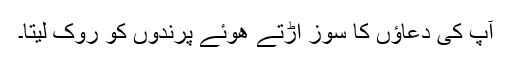
آپ کی دعاؤں کا سوز اڑتے ھوئے پرندوں کو روک لیتا۔